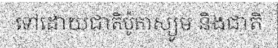
ទៅដោយជាតិប៉ូតាស្យូម និងជាតិ